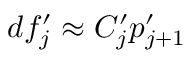
d f _ { j } ^ { \prime } \approx C _ { j } ^ { \prime } p _ { j + 1 } ^ { \prime }